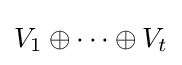
V_{1}\oplus \dots \oplus V_{t}